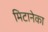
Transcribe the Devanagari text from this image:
मिटानेका